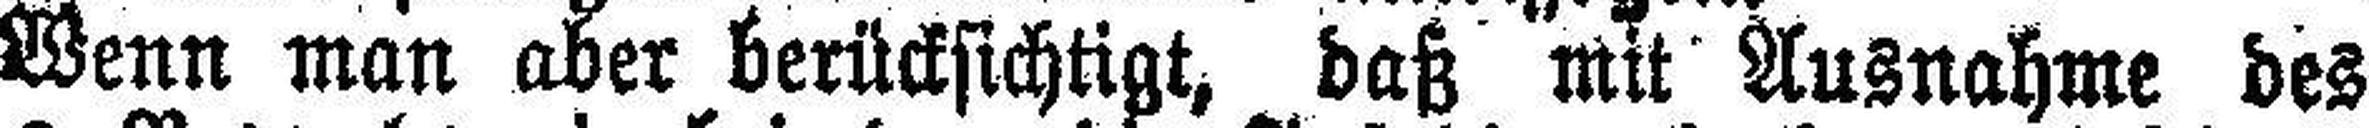
Wenn man aber berücksichtigt, daß mit Ausnahme des